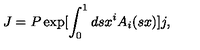
J = P \exp [ \int _ { 0 } ^ { 1 } d s x ^ { i } A _ { i } ( s x ) ] j ,